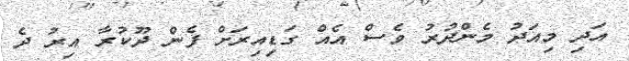
އަދި މިއަދު މެންދުރު ވެސް އެއް ގަޑިއިރަށް ފެން ދޫކުރާ އިރު ދެ